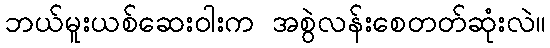
ဘယ်မူးယစ်ဆေးဝါးက အစွဲလန်းစေတတ်ဆုံးလဲ။